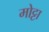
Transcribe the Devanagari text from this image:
मोट्टा